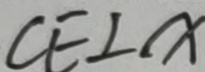
C E \bot x